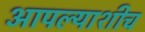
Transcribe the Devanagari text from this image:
आपल्याशीच